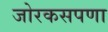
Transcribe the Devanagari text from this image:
जोरकसपणा